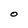
Character: O